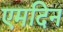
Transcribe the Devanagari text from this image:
एमदिन